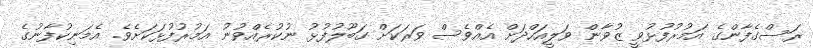
ރަސްގެފާންގެ އަމުރުފުޅުވީ ޒުވާން ވަލީއަހްދަށް އެއްވެސް ވަރަކަށް ގަބޫލުފުޅު ނުކުރެއްވުނު އަމުރުފުޅަކަށެވެ. އެމަނިކުފާނުގެ